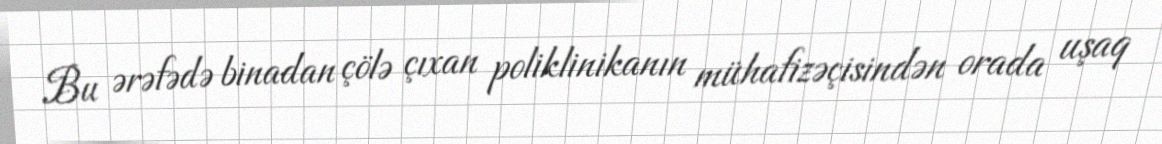
Bu ərəfədə binadan çölə çıxan poliklinikanın mühafizəçisindən orada uşaq